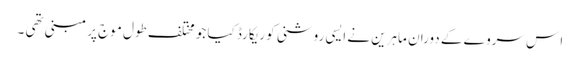
ا س سروے کے دوران ماہرین نے ایسی روشنی کو ریکارڈ کیا جو مختلف طول موج پر مبنی تھی ۔